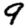
Digit: 9